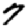
Digit: 7